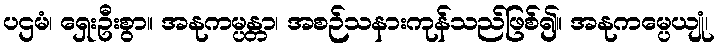
ပဌမံ၊ ရှေးဦးစွာ။ အနုကမ္ပန္တာ၊ အစဉ်သနားကုန်သည်ဖြစ်၍။ အနုကမ္ပေယျုံ၊